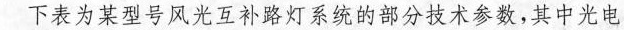
下表为某型号风光互补路灯系统的部分技术参数，其中光电